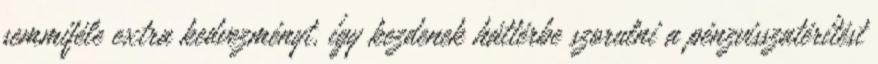
semmiféle extra kedvezményt, így kezdenek háttérbe szorulni a pénzvisszatérítést